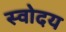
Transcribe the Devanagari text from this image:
स्वोदय